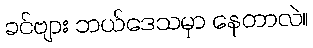
ခင်ဗျား ဘယ်ဒေသမှာ နေတာလဲ။